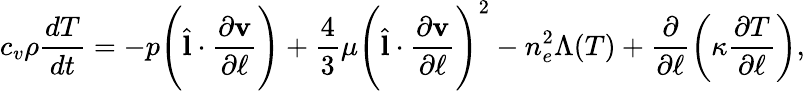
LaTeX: c_{v}\rho\frac{dT}{dt}=-p\Bigg(\hat{\textbf{l}}\cdot\frac{\partial\textbf{v}}{\partial\ell}\Bigg)+\frac{4}{3}\mu\Bigg(\hat{\textbf{l}}\cdot\frac{\partial\textbf{v}}{\partial\ell}\Bigg)^{2}-n_{e}^{2}\Lambda(T)+\frac{\partial}{\partial\ell}\left(\kappa\frac{\partial T}{\partial\ell}\right),